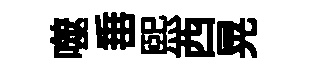
噬𡸁熙西晃